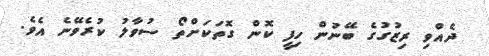
ދެއްވި ރިޒުގުގެ ބޭނުން ހިފީ ކޮން ގޮތަކަށްތޯ ސުވާލު ކުރެވޭނެ އެވެ.